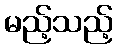
မည့်သည့်